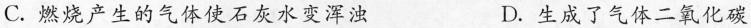
C.燃烧产生的气体使石灰水变浑浊 D.生成了气体二氧化碳